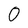
Character: 0